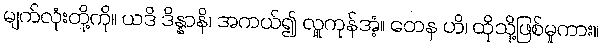
မျက်လုံးတို့ကို။ ယဒိ ဒိန္နာနိ၊ အကယ်၍ လှူကုန်အံ့။ တေန ဟိ၊ ထိုသို့ဖြစ်မူကား။